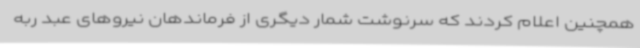
همچنین اعلام کردند که سرنوشت شمار دیگری از فرماندهان نیروهای عبد ربه